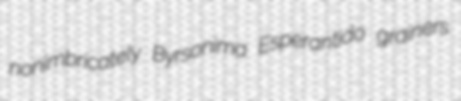
nonimbricately Byrsonima Esperantido grainers